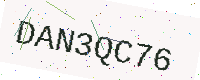
Text: DAN3QC76